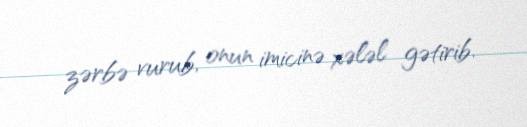
zərbə vurub, onun imicinə xələl gətirib.